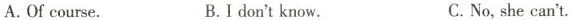
A.Of course. B.I don't know. C.No,she can't.